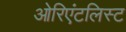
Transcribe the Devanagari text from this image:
ओरिएंटलिस्ट